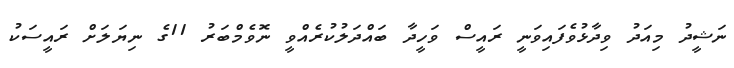
ނަޝީދު މިއަދު ވިދާޅުވެފައިވަނީ ރައީސް ވަހީދާ ބައްދަލުކުރެއްވީ ނޮވެމްބަރު 11ގެ ނިޔަލަށް ރައީސަކު